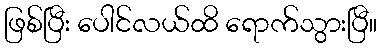
ဖြစ်ပြီး ပေါင်လယ်ထိ ရောက်သွားပြီ။